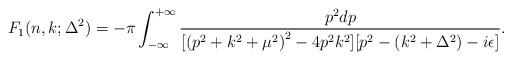
\begin{align*}F_1(n,k;\Delta^2)=-\pi \int_{-\infty}^{+\infty}\frac{p^2dp}{[{(p^2+k^2+\mu^2)}^2-4p^2k^2][p^2-(k^2+\Delta^2)-i\epsilon]}.\end{align*}